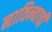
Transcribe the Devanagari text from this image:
नाविन्याची